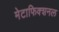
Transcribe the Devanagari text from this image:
मेटाफिक्शनल